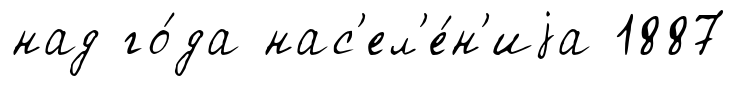
над го́да нас'ел'е́н'иjа 1887